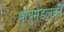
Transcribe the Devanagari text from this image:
वायुमंडलकी